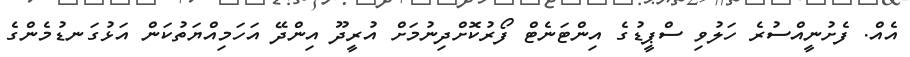
އެއް. ފެށުނީއްސުރެ ހަލުވި ސްޕީޑުގެ އިންޓަނެޓް ފޯރުކޮށްދިނުމަށް އުރީދޫ އިންދޭ އަހަމިއްޔަތުކަން އަޅުގަނޑުމެންގެ